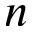
n